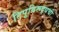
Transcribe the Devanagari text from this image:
टिपूविरूद्धची